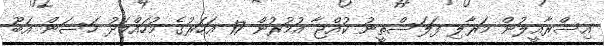
އިސްރާއީލުން މަރާލި ފަލަސްތީނު ކުއްޖާ އުމުރުން 17 އަހަރުގެ މުހައްމަދު ހަސަން އަބޫ